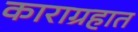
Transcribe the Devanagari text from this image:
काराग्रहात